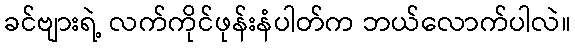
ခင်ဗျားရဲ့ လက်ကိုင်ဖုန်းနံပါတ်က ဘယ်လောက်ပါလဲ။